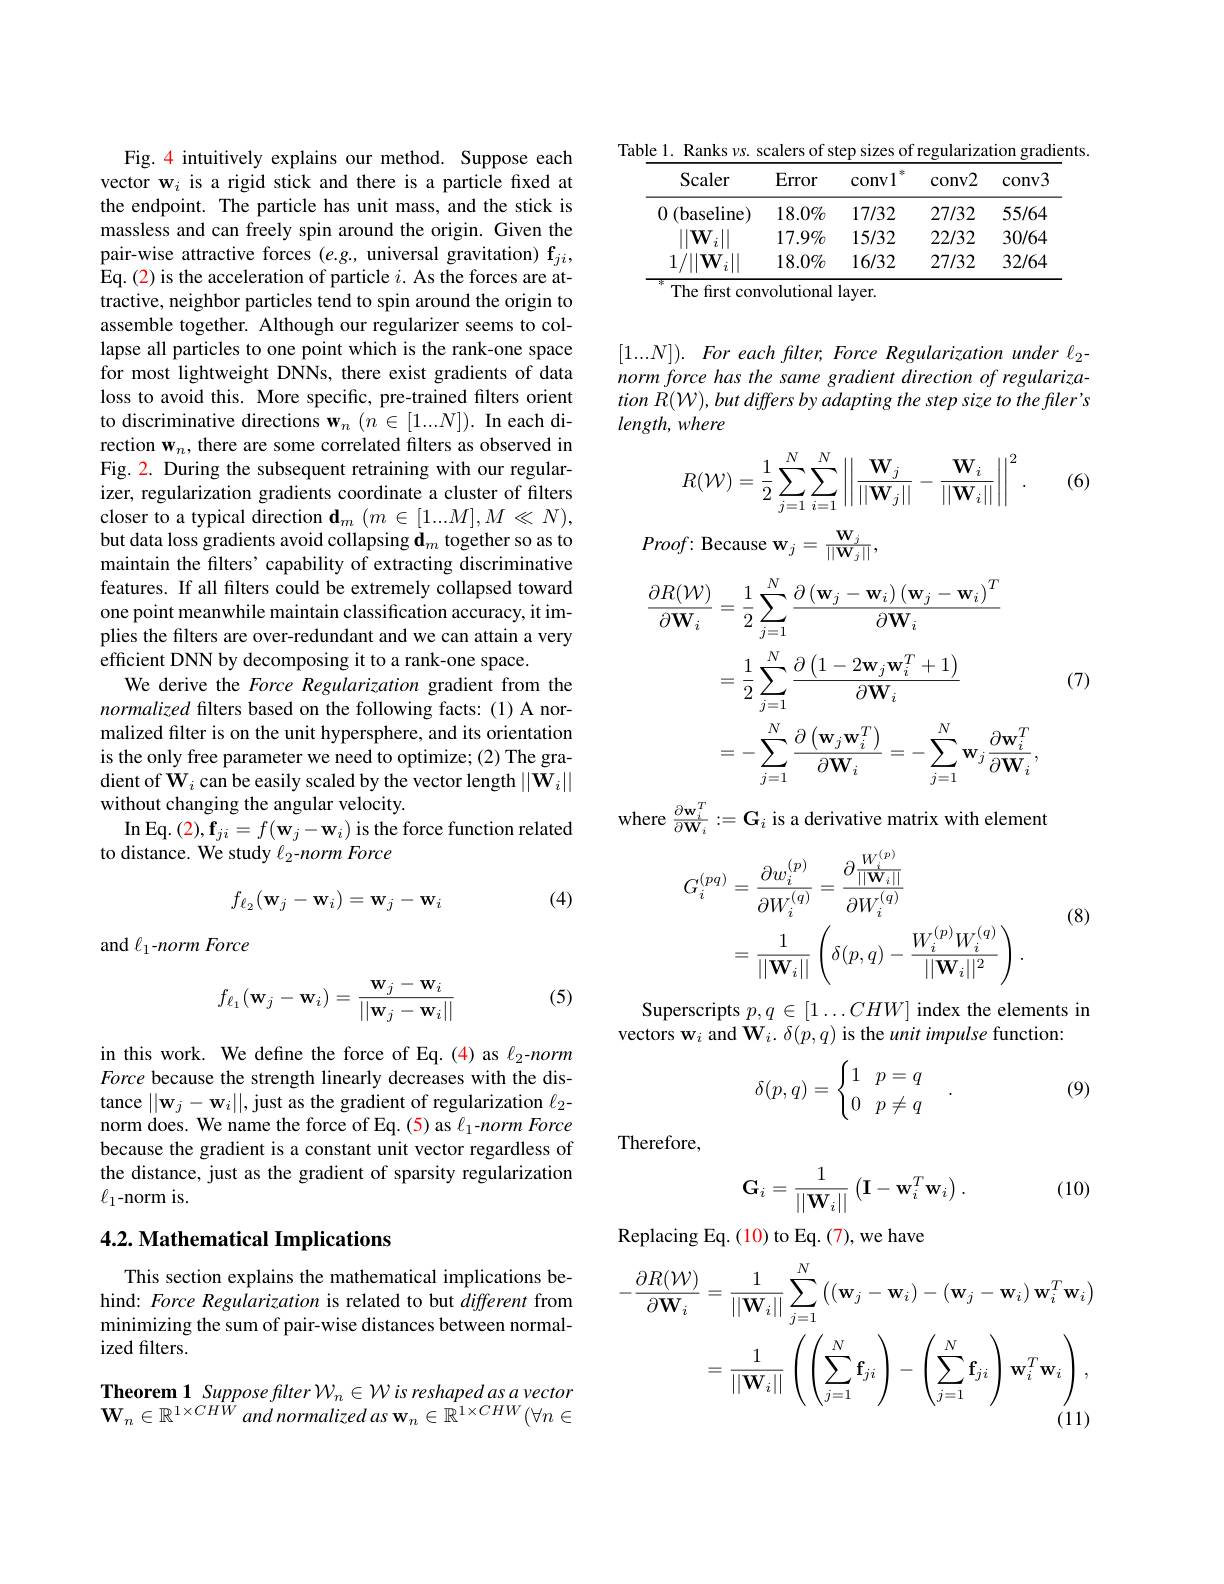
Table 1. Ranks $v$s. scalers of step sizes of regularization gradients
<table>
	<tbody>
		<tr>
			<th>Scaler</th>
			<th>Error</th>
			<th>年 convl</th>
			<th>conv2</th>
			<th>conv3</th>
		</tr>
		<tr>
			<td>(baseline) 0</td>
			<td>$18.0\%$</td>
			<td>17/32</td>
			<td>27/32</td>
			<td>55/64</td>
		</tr>
		<tr>
			<td>$\|\mathbf{W}_{i}\|$</td>
			<td>$17.9\%$</td>
			<td>15/32</td>
			<td>22/32</td>
			<td>30/64</td>
		</tr>
		<tr>
			<td>$/\|\mathbf{W}_{i}\|$ 1</td>
			<td>$18.0\%$</td>
			<td>16/32</td>
			<td>27/32</td>
			<td>32/64</td>
		</tr>
	</tbody>
</table>
The first convolutional layer.

$[1...N]).\textit{ For each filter, Force Regularization under l}_2$ norm force has the same gradient direction of regularization $R( W) , but$ differs by adapting the step size to the filer's length, where
$$R(\mathcal{W})=\frac{1}{2}\sum_{j=1}^{N}\sum_{i=1}^{N}\left|\left|\frac{\mathbf{W}_{j}}{||\mathbf{W}_{j}||}-\frac{\mathbf{W}_{i}}{||\mathbf{W}_{i}||}\right|\right|^{2}.$$
(6)

Fig. 4 intuitively explains our method. Suppose each vector w$_i$ is a rigid stick and there is a particle fixed at the endpoint. The particle has unit mass, and the stick is massless and can freely spin around the origin. Given the pair-wise attractive forces $(e.g.$, universal gravitation) f$_ji$, Eq. (2) is the acceleration of particle $i.$ As the forces are attractive, neighbor particles tend to spin around the origin to assemble together. Although our regularizer seems to collapse all particles to one point which is the rank-one space for most lightweight DNNs, there exist gradients of data loss to avoid this. More specific, pre-trained filters orient to discriminative directions w$_n(n\in[1...N]).$ In each direction $\mathbf{w}_n$, there are some correlated filters as observed in Fig. 2. During the subsequent retraining with our regularizer, regularization gradients coordinate a cluster of filters closer to a typical direction $\mathbf{d} _m$ $( m\in [ 1. . . M] , M\ll N) $, but data loss gradients avoid collapsing $\mathbf{d}_m$ together so as to maintain the filters' capability of extracting discriminative features. If all filters could be extremely collapsed toward one point meanwhile maintain classification accuracy, it implies the filters are over-redundant and we can attain a very efficient DNN by decomposing it to a rank-one space.
We derive the Force Regularization gradient from the normalized filters based on the following facts: (1) A normalized filter is on the unit hypersphere, and its orientation is the only free parameter we need to optimize; (2) The gradient of $\mathbf{W}_i$ can be easily scaled by the vector length $||\mathbf{W}_i||$ without changing the angular velocity.
$\operatorname{In}\operatorname{Eq.}(2),\mathbf{f}_{ji}=f(\mathbf{w}_{j}-\mathbf{w}_{i})$ is the force function related
to distance. We study $\ell_2$-norm Force
$$f_{\ell_2}(\mathbf{w}_j-\mathbf{w}_i)=\mathbf{w}_j-\mathbf{w}_i$$
(4)

and $\ell_1$-norm Force

(5)
$$f_{\ell_1}(\mathbf{w}_j-\mathbf{w}_i)=\frac{\mathbf{w}_j-\mathbf{w}_i}{||\mathbf{w}_j-\mathbf{w}_i||}$$
in this work. We define the force of Eq.(4) as $\ell_2$-norm Force because the strength linearly decreases with the distance $||\mathbf{w}_j-\mathbf{w}_i||$, just as the gradient of regularization $\ell_2$- norm does. We name the force of Eq. (5) as l-norm Force because the gradient is a constant unit vector regardless of the distance, just as the gradient of sparsity regularization $\ell_{1}$-norm is.

### $4. 2. \textbf{Mathematical Implications}$

This section explains the mathematical implications behind: Force Regularization is related to but different from minimizing the sum of pair-wise distances between normalized filters.

Theorem 1 Suppose flter Wn $\in \mathcal{W} is\textit{reshapedas avector}$ $\mathbf{W}_n\in\mathbb{R}^{1\times CH\hat{W}}$ and normalized as w$_n\in\mathbb{R}^1\times CHW(\forall n\in$

$Proof\colon$Because $\mathbf{w}_{j}=\frac{\mathbf{W}_{j}}{||\mathbf{W}_{j}||}$,
$$\begin{aligned}\frac{\partial R(\mathcal{W})}{\partial\mathbf{W}_{i}}&=\frac{1}{2}\sum_{j=1}^{N}\frac{\partial\left(\mathbf{w}_{j}-\mathbf{w}_{i}\right)\left(\mathbf{w}_{j}-\mathbf{w}_{i}\right)^{T}}{\partial\mathbf{W}_{i}}\\&=\frac{1}{2}\sum_{j=1}^{N}\frac{\partial\left(1-2\mathbf{w}_{j}\mathbf{w}_{i}^{T}+1\right)}{\partial\mathbf{W}_{i}}\\&=-\sum_{j=1}^{N}\frac{\partial\left(\mathbf{w}_{j}\mathbf{w}_{i}^{T}\right)}{\partial\mathbf{W}_{i}}=-\sum_{j=1}^{N}\mathbf{w}_{j}\frac{\partial\mathbf{w}_{i}^{T}}{\partial\mathbf{W}_{i}},\end{aligned}$$
(7)

where $\frac{\partial\mathbf{w}_{i}^{T}}{\partial\mathbf{W}_{i}}:=\mathbf{G}_{i}$ is a derivative matrix with element
$$\begin{aligned}G_{i}^{(pq)}&=\frac{\partial w_{i}^{(p)}}{\partial W_{i}^{(q)}}=\frac{\partial\frac{W_{i}^{(p)}}{||\mathbf{W}_{i}||}}{\partial W_{i}^{(q)}}\\&=\frac{1}{||\mathbf{W}_{i}||}\left(\delta(p,q)-\frac{W_{i}^{(p)}W_{i}^{(q)}}{||\mathbf{W}_{i}||^{2}}\right).\end{aligned}$$
(8)

Superscripts $p,q\in[1\ldots CHW]$ index the elements in
vectors w$_i$ and W$_i.\delta(p,q)$ is the unit impulse function:

(9)
$$\delta(p,q)=\begin{cases}1&p=q\\0&p\neq q\end{cases}.$$
Therefore,

(10)
$$\mathbf{G}_{i}=\frac{1}{||\mathbf{W}_{i}||}\begin{pmatrix}\mathbf{I}-\mathbf{w}_{i}^{T}\mathbf{w}_{i}\end{pmatrix}.$$
Replacing Eq.  ( 10)  to Eq.  ( 7) ,  we have
$$\begin{aligned}-\frac{\partial R(\mathcal{W})}{\partial\mathbf{W}_{i}}&=\frac{1}{||\mathbf{W}_{i}||}\sum_{j=1}^{N}\left((\mathbf{w}_{j}-\mathbf{w}_{i})-(\mathbf{w}_{j}-\mathbf{w}_{i})\:\mathbf{w}_{i}^{T}\mathbf{w}_{i}\right)\\&=\frac{1}{||\mathbf{W}_{i}||}\:\left(\left(\sum_{j=1}^{N}\mathbf{f}_{ji}\right)-\left(\sum_{j=1}^{N}\mathbf{f}_{ji}\right)\mathbf{w}_{i}^{T}\mathbf{w}_{i}\right),\end{aligned}$$